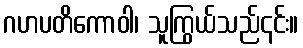
ဂဟပတိကောဝါ၊ သူကြွယ်သည်၎င်း။